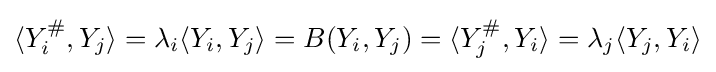
\langle Y_{i}^{\#},Y_{j}\rangle =\lambda _{i}\langle Y_{i},Y_{j}\rangle =B(Y_{i},Y_{j})=\langle Y_{j}^{\#},Y_{i}\rangle =\lambda _{j}\langle Y_{j},Y_{i}\rangle